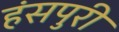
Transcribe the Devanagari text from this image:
हंसपुरी